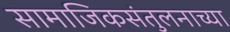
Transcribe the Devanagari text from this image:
सामाजिकसंतुलनाच्या